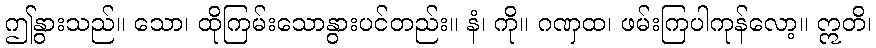
ဤနွားသည်။ သော၊ ထိုကြမ်းသောနွားပင်တည်း။ နံ၊ ကို။ ဂဏှထ၊ ဖမ်းကြပါကုန်လော့။ ဣတိ၊